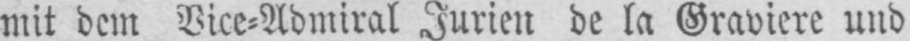
mit dem Vice⸗Admiral Jurien de la Graviere und